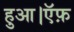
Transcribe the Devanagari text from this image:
हुआ।ऍफ़